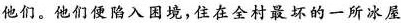
他们。他们便陷入困境，住在全村最坏的一所冰屋